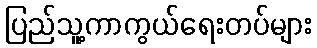
ပြည်သူ့ကာကွယ်ရေးတပ်များ